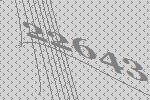
22643